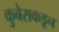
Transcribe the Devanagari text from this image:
कुबेराकडून